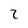
Character: 2